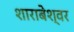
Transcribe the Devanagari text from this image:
शाराबेश्वर